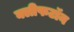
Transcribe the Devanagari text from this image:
क्लीफटॉन